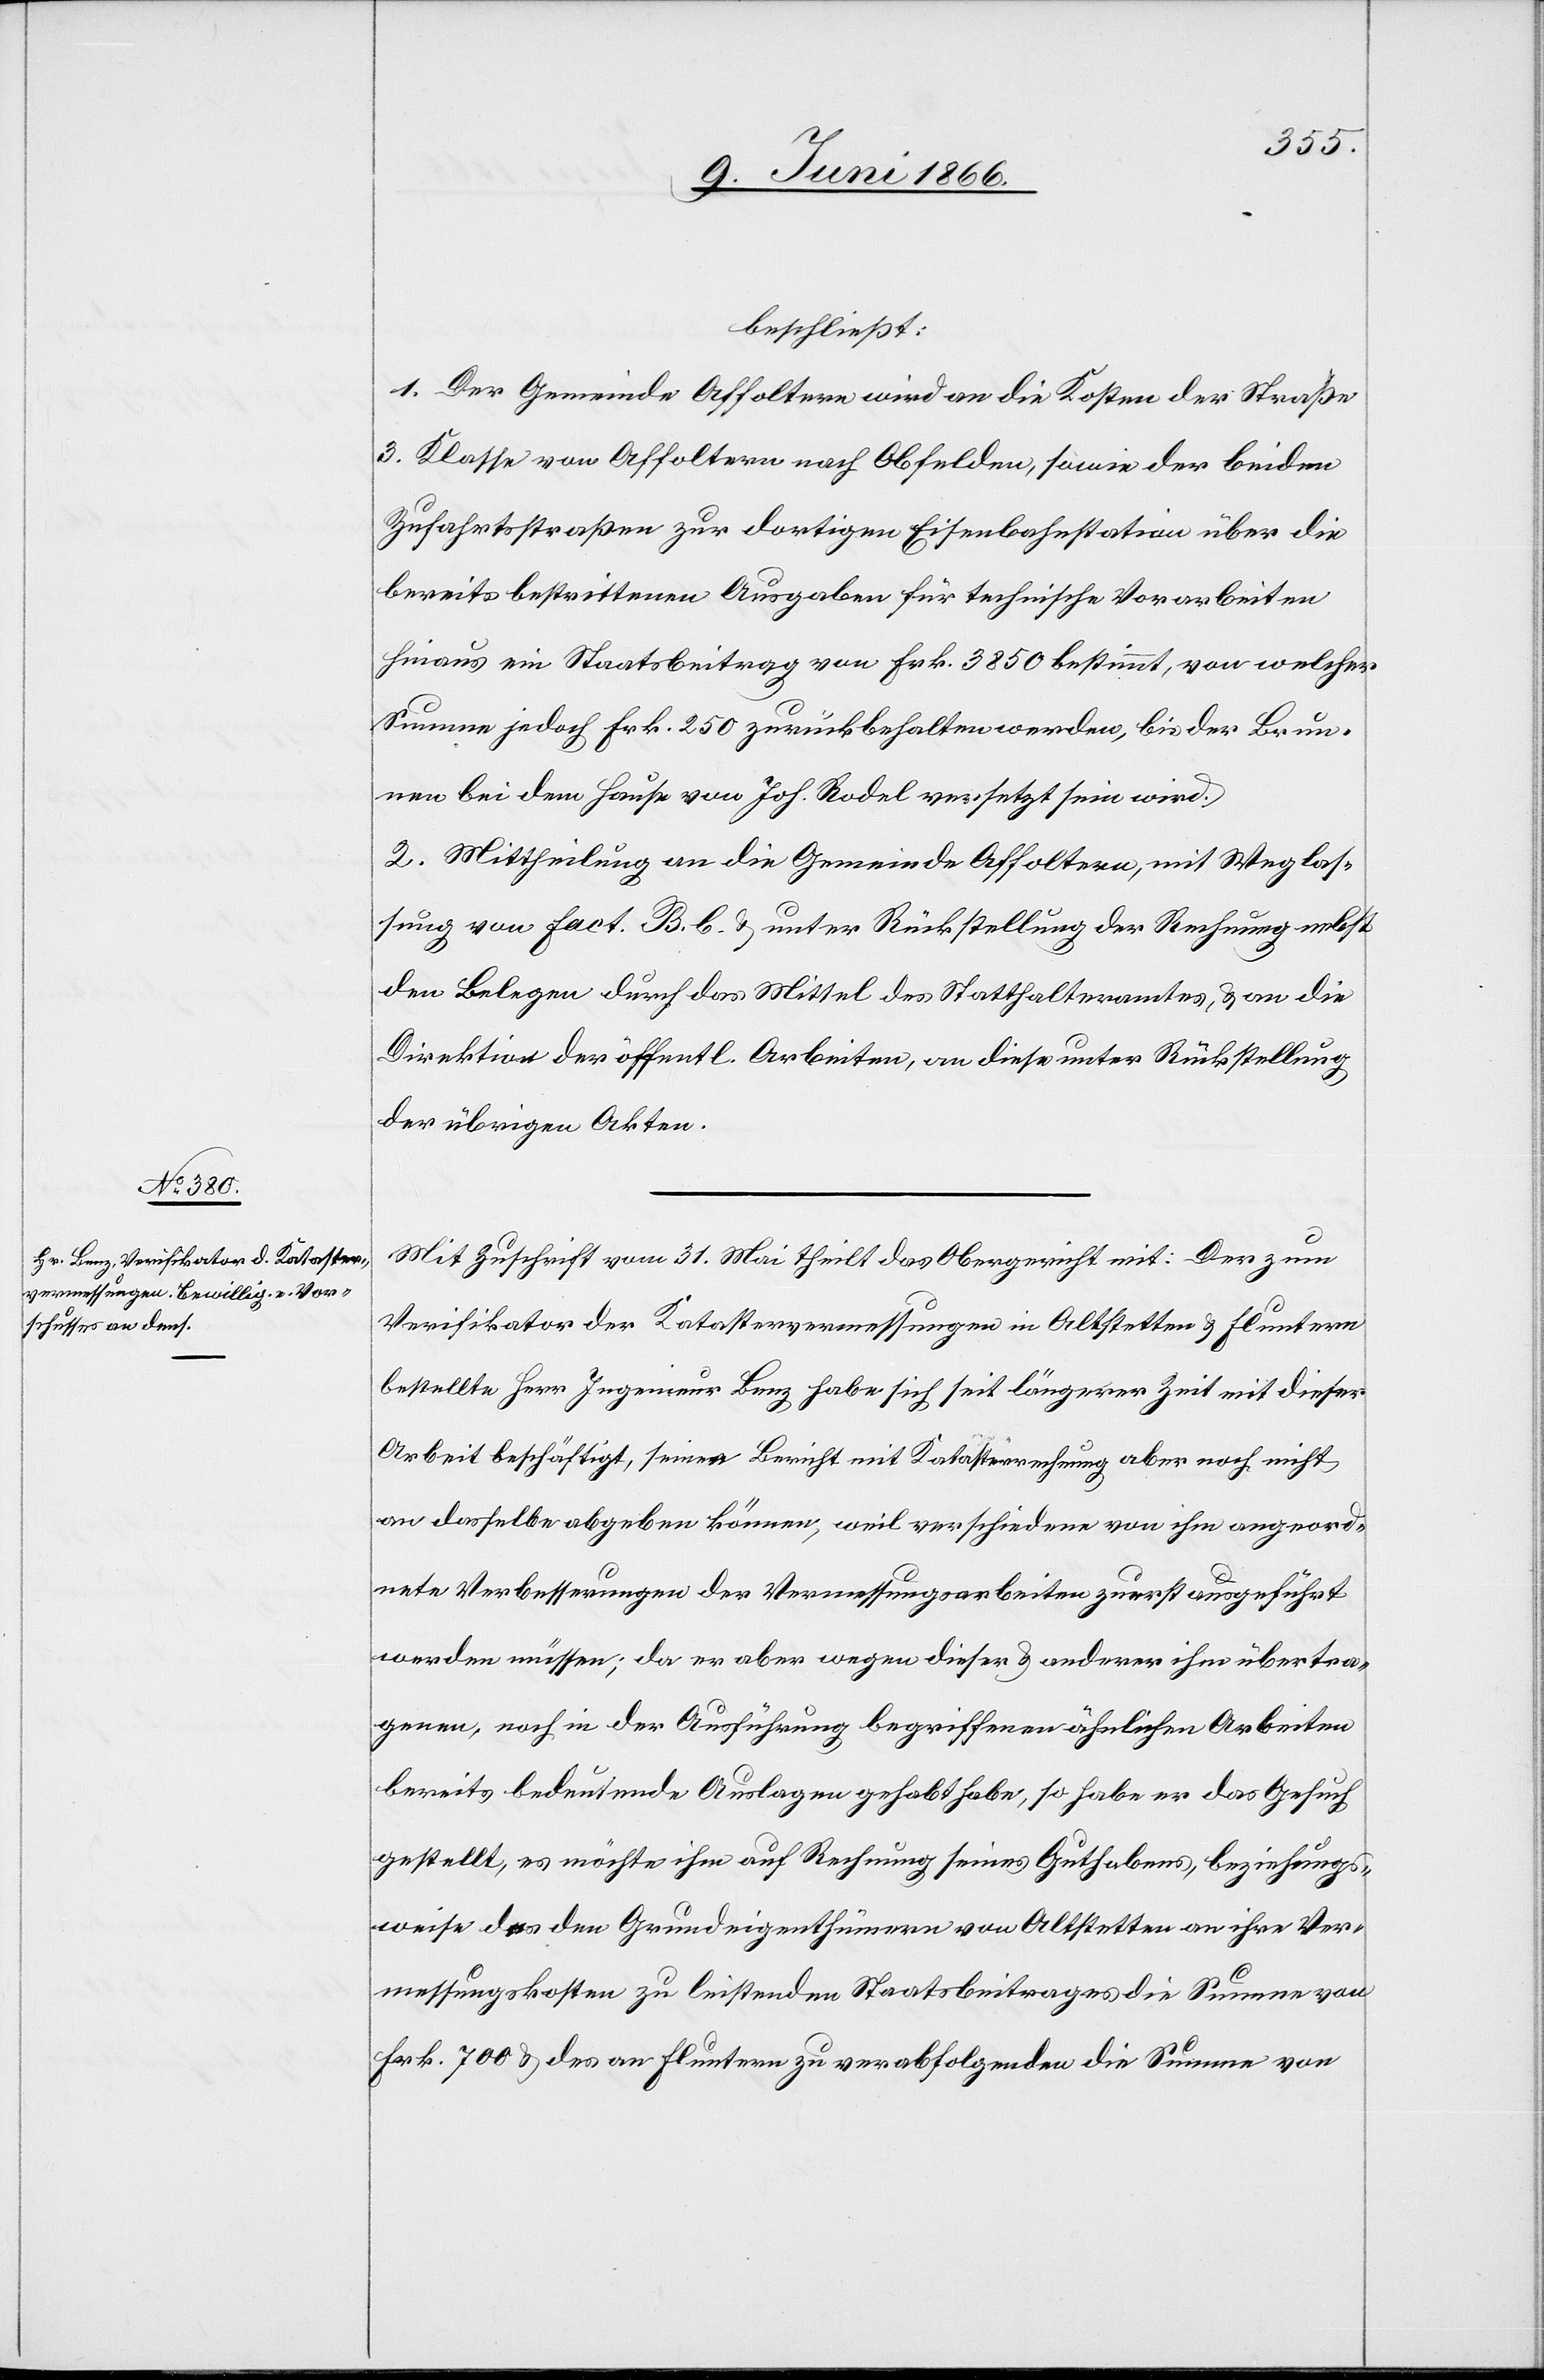
beschließt:
1. Der Gemeinde Affoltern wird an die Kosten der Straße
3. Klasse von Affoltern nach Obfelden, sowie der beiden
Zufahrtsstraßen zur dortigen Eisenbahnstation über die
bereits bestrittenen Ausgaben für technische Vorarbeiten
hinaus ein Staatsbeitrag von Frk. 3850 bestimmt, von welcher
Summe jedoch Frk. 250 zurückbehalten werden, bis der Brun¬
nen bei dem Hause von Joh. Rodel versetzt sein wird.
2. Mittheilung an die Gemeinde Affoltern, mit Weglas¬
sung von Fact. B. b u. unter Rückstellung der Rechnung nebst
den Belegen durch das Mittel des Statthalteramtes, u. an die
Direktion der öffentl. Arbeiten, an diese unter Rückstellung
der übrigen Akten.
Mit Zuschrift vom 31. Mai theilt das Obergericht mit: Der zum
Verifikator der Katastervermessungen in Altstetten u. Fluntern
bestellte Herr Ingenieur Benz habe sich seit längerer Zeit mit dieser
Arbeit beschäftigt, seinen Bericht mit Katasterrechnung aber noch nicht
an dasselbe abgeben können, weil verschiedene von ihm angeord¬
nete Verbesserungen der Vermessungsarbeiten zuerst ausgeführt
werden müssen; da er aber wegen dieser u. anderer Arbeiten
bereits bedeutende Auslagen gehabt habe, so habe er das Gesuch
gestellt, es möchte ihm auf Rechnung seines Guthabens, beziehungs¬
weise des den Grundeigenthümern von Altstetten an ihre Ver¬
messungskosten zu leistenden Staatsbeitrages die Summe von
Frk. 700 u. des an Fluntern zu verabfolgenden die Summe von